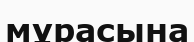
мұрасына